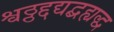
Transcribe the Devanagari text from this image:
श्वठ्ठद्दद्यद्बह्यद्ध